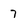
Character: 7